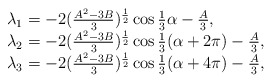
\begin{align*}\begin{array}{l}\lambda_{1}=-2(\frac{A^{2}-3B}{3})^{\frac{1}{2}}\cos\frac{1}{3}\alpha-\frac{A}{3},\\\lambda_{2}=-2(\frac{A^{2}-3B}{3})^{\frac{1}{2}}\cos\frac{1}{3}(\alpha+2\pi)-\frac{A}{3},\\\lambda_{3}=-2(\frac{A^{2}-3B}{3})^{\frac{1}{2}}\cos\frac{1}{3}(\alpha+4\pi)-\frac{A}{3},\\\end{array}\end{align*}